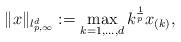
LaTeX: \begin{align*} \|x\|_{l_{p,\infty}^d}:=\max\limits_{k=1,\ldots,d}k^{\frac1p} x_{(k)},\end{align*}